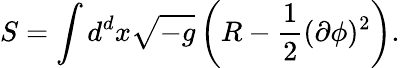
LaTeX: S=\int d^{d}x\sqrt{-g}\left(R-\frac{1}{2}(\partial\phi)^{2}\right).